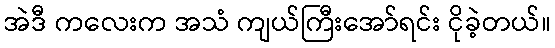
အဲဒီ ကလေးက အသံ ကျယ်ကြီးအော်ရင်း ငိုခဲ့တယ်။